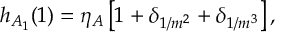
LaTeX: h _ { A _ { 1 } } ( 1 ) = \eta _ { A } \left[ 1 + \delta _ { 1 / m ^ { 2 } } + \delta _ { 1 / m ^ { 3 } } \right] ,